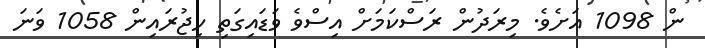
ން 1098 އަށެވެ. މިރަދުން ރަސްކަމަށް އިސްވެ ވަޑައިގަތި ހިޖުރައިން 1058 ވަނަ